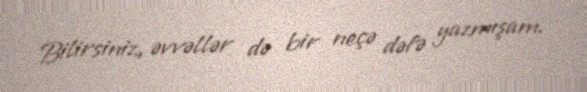
Bilirsiniz, əvvəllər də bir neçə dəfə yazmışam.